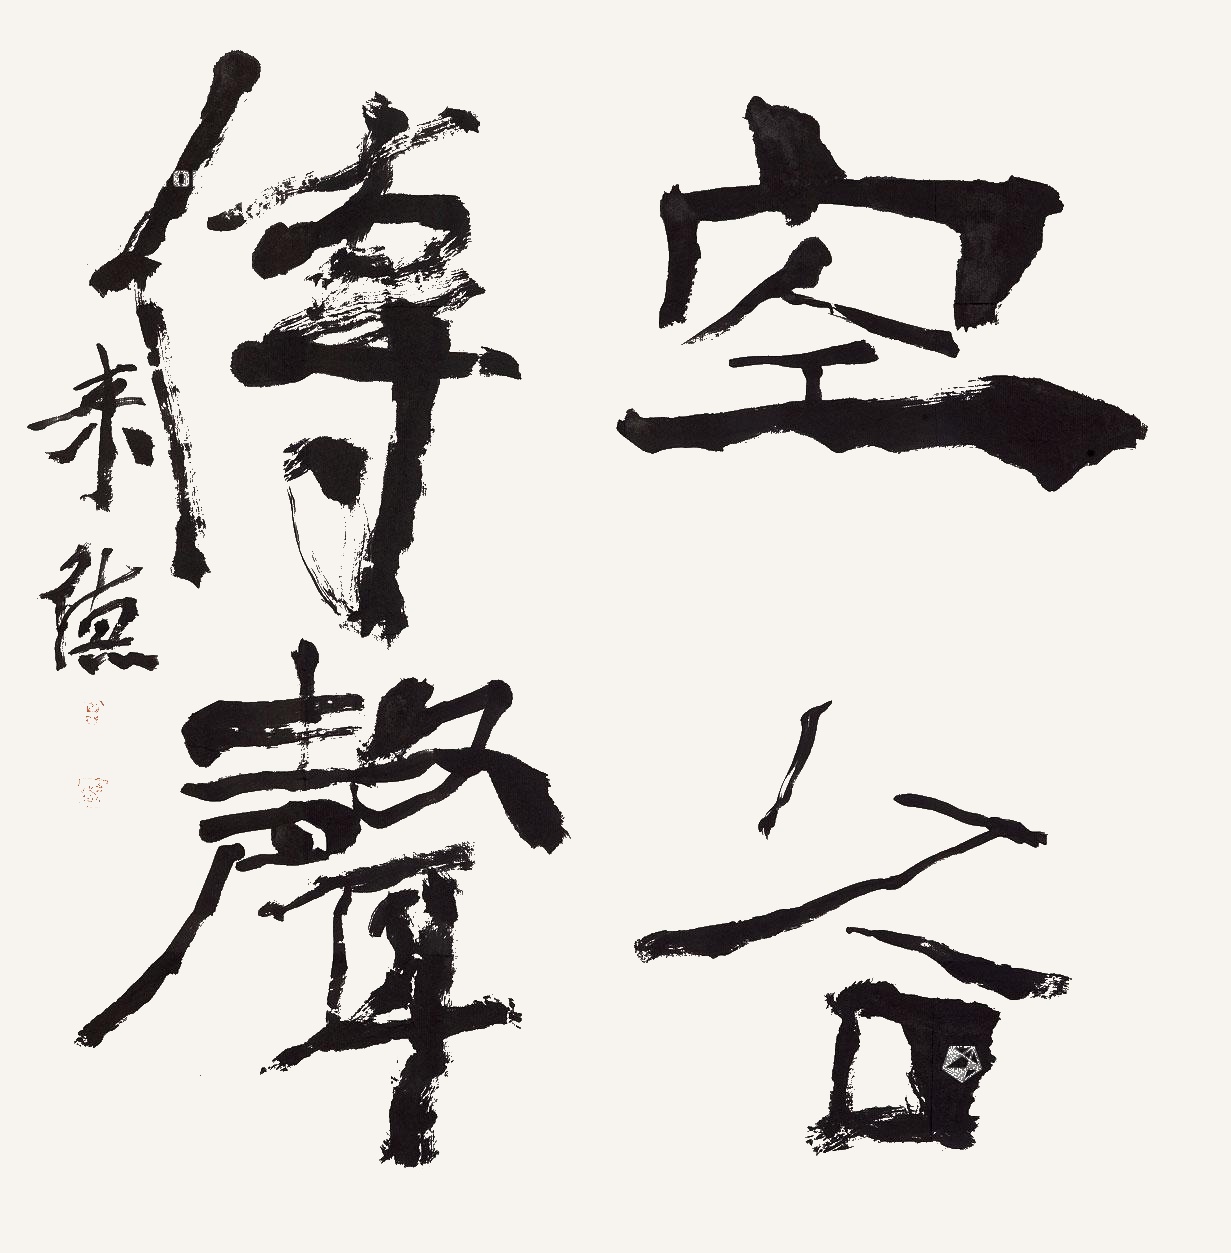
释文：空谷传声曾来德